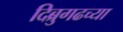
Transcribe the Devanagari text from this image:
दिब्रुगढच्या